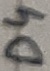
Text: D4